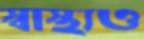
স্বাস্থ্যও